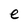
Character: e